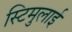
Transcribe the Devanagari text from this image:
स्टिमुलाई